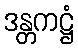
ဒန္တကဋ္ဌံ